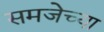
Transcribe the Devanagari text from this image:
समजेच्या